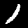
Label: 1